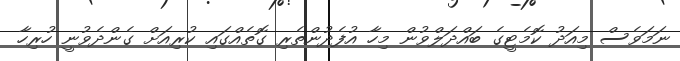
ނަަމަވެސް މިއަދު ކޮމެޓީގެ ބައްދަލްވުން މިހާ އުފެދުންތެރި ގޮތެއްގައި ކުރިއަށް ގެންދެވުނީ ހުރިހާ